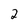
Character: 2